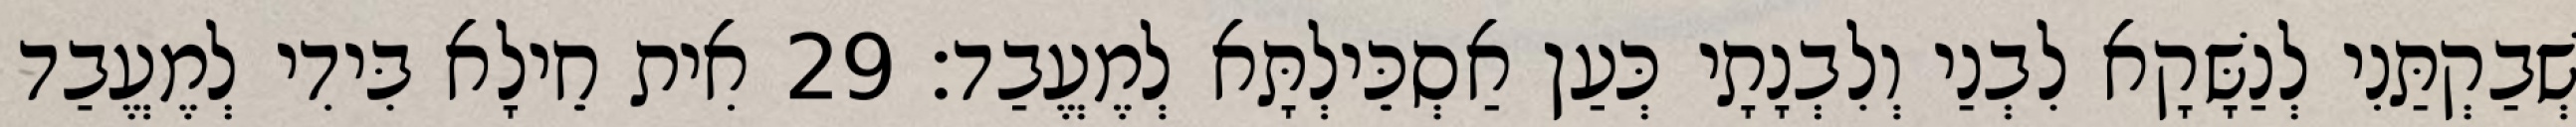
שְׁבַקְתַּנִי לְנַשָּׁקָא לִבְנַי וְלִבְנָתָי כְּעַן אַסְכֵּילְתָּא לְמֶעֱבַד׃ 29 אִית חֵילָא בִּידִי לְמֶעֱבַד